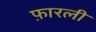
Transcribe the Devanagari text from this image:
फ़ारली